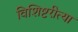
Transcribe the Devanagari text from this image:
विशिष्टरीत्या